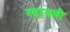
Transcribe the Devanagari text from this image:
रडायची